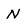
Character: N